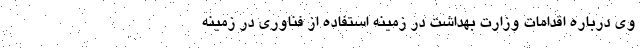
وی درباره اقدامات وزارت بهداشت در زمینه استفاده از فناوری در زمینه